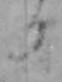
日